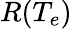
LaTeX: R(T_{e})